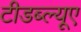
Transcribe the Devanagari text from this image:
टीडब्ल्यूए